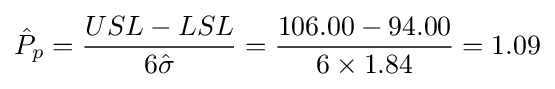
{\hat {P}}_{p}={\frac {USL-LSL}{6{\hat {\sigma }}}}={\frac {106.00-94.00}{6\times 1.84}}=1.09